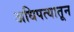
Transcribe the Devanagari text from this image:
अधिपत्यातून